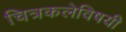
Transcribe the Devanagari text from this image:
चित्रकलेविषयी